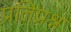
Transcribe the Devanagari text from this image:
प्रतिप्रश्न